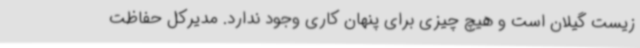
زیست گیلان است و هیچ چیزی برای پنهان کاری وجود ندارد. مدیرکل حفاظت